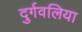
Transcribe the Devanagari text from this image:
दुर्गवलिया